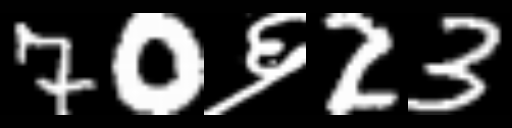
Text: 70६23